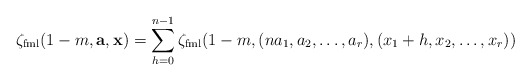
\begin{align*} \zeta_{\mathrm{fml}}(1-m,\mathbf a,\mathbf x)=\sum_{h=0}^{n-1} \zeta_{\mathrm{fml}}(1-m,(na_1,a_2,\dots,a_r),(x_1+h,x_2,\dots,x_r))\end{align*}